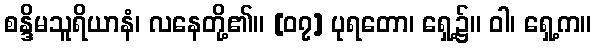
စန္ဒိမသူရိယာနံ၊ လနေတို့၏။ [၀၇] ပုရတော၊ ရှေ့၌။ ဝါ၊ ရှေ့က။